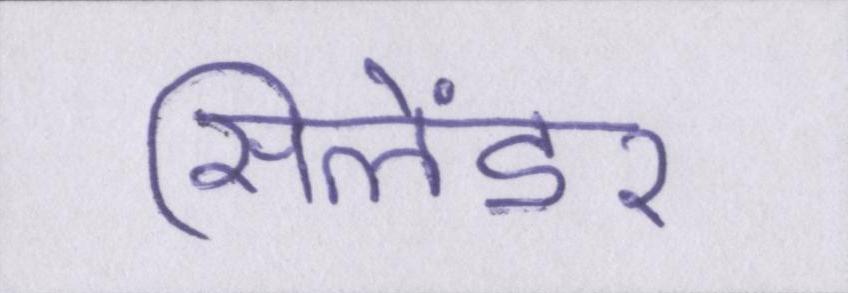
सिलेंडर